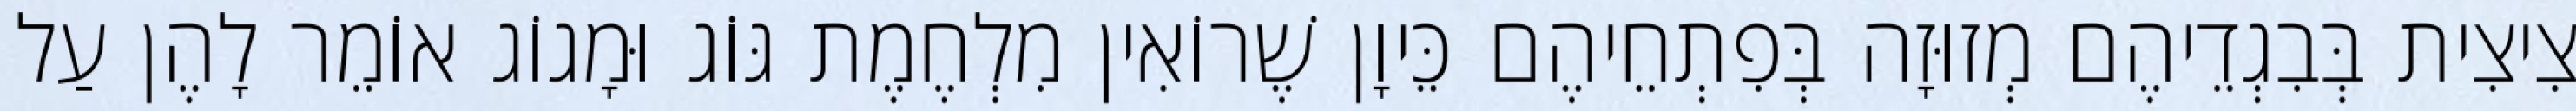
צִיצִית בְּבִגְדֵיהֶם מְזוּזָה בְּפִתְחֵיהֶם כֵּיוָן שֶׁרוֹאִין מִלְחֶמֶת גּוֹג וּמָגוֹג אוֹמֵר לָהֶן עַל